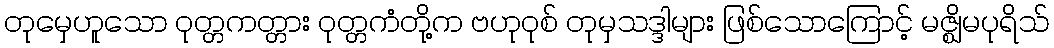
တုမှေဟူသော ဝုတ္တကတ္တား ဝုတ္တကံတို့က ဗဟုဝုစ် တုမှသဒ္ဒါများ ဖြစ်သောကြောင့် မဇ္ဈိမပုရိသ်